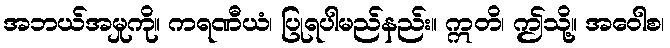
အဘယ်အမှုကို။ ကရဏီယံ၊ ပြုရပါမည်နည်း။ ဣတိ၊ ဤသို့။ အဝေါစ၊